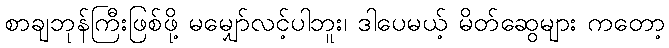
စာချဘုန်ကြီးဖြစ်ဖို့ မမျှော်လင့်ပါဘူး၊ ဒါပေမယ့် မိတ်ဆွေများ ကတော့